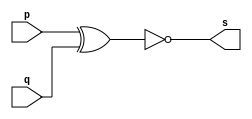
// -------------------------
// Exemplo0008 - XNOR
// Nome: Davidson Francis
// -------------------------

// -------------------------
// -- XNOR gate
// -------------------------
module xnorgate (output s, 
                input p, input q);

  assign s = ~(p ^ q); // criar vinculo permanente (dependencia)
endmodule // xnor gate

// -------------------------
// -- test xnor gate
// -------------------------

module testxnorgate;

// ------------------------- dados locais
reg a,b; // definir registrador
wire s; // definir conexao (fio)

// ------------------------- instancia
xnorgate XNOR1 (s, a,b);
// ------------------------- preparacao

initial begin:start
  a=0;b=0;
end


// ------------------------- parte principal
initial begin:main
               // execucao unitaria
  $display("Exemplo 0008 - DavidsonFrancis - 466499");
  $display("Test XNOR gate:");
  $display("\n~(a ^ b) = s\n");
  $monitor("~(%b ^ %b) = %b", a,b, s);
 
  #1 a = 0; b = 0;
  #1 a = 0; b = 1;
  #1 a = 1; b = 0;
  #1 a = 1; b = 1;
  end
endmodule // testxnorgate